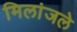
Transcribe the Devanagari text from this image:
मिलांजले